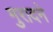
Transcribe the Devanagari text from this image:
मुरादने